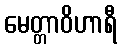
မေတ္တာဝိဟာရီ